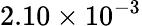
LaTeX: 2.10\times 10^{-3}